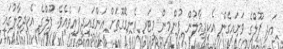
އަދި ޕޫލްގެ ވަށައިގެން އެކިދިމާލުން ފުންމިން މީޓަރ އެނގޭގޮތަށް އަންގައިދީފައިވެއެވެ. ފޫލްގެ އެކިދިމާލުގައި